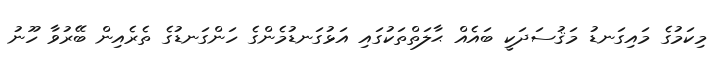
މިކަމުގެ މައިގަނޑު މަޤުސަދަކީ ބައެއް ޙާލަތްތަކުގައި އަޅުގަނޑުމެންގެ ހަންގަނޑުގެ ތެރެއިން ބޭރުވާ ހޫނު